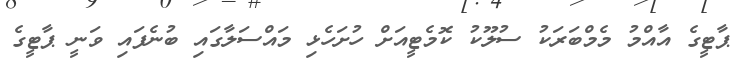
ޕާޓީގެ އާއްމު މެމްބަރަކު ސުލޫކު ކޮމެޓީއަށް ހުށަހެޅި މައްސަލާގައި ބުނެފައި ވަނީ ޕާޓީގެ